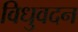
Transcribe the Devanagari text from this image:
विधुवदन